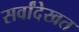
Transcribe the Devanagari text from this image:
सर्वांदेखत